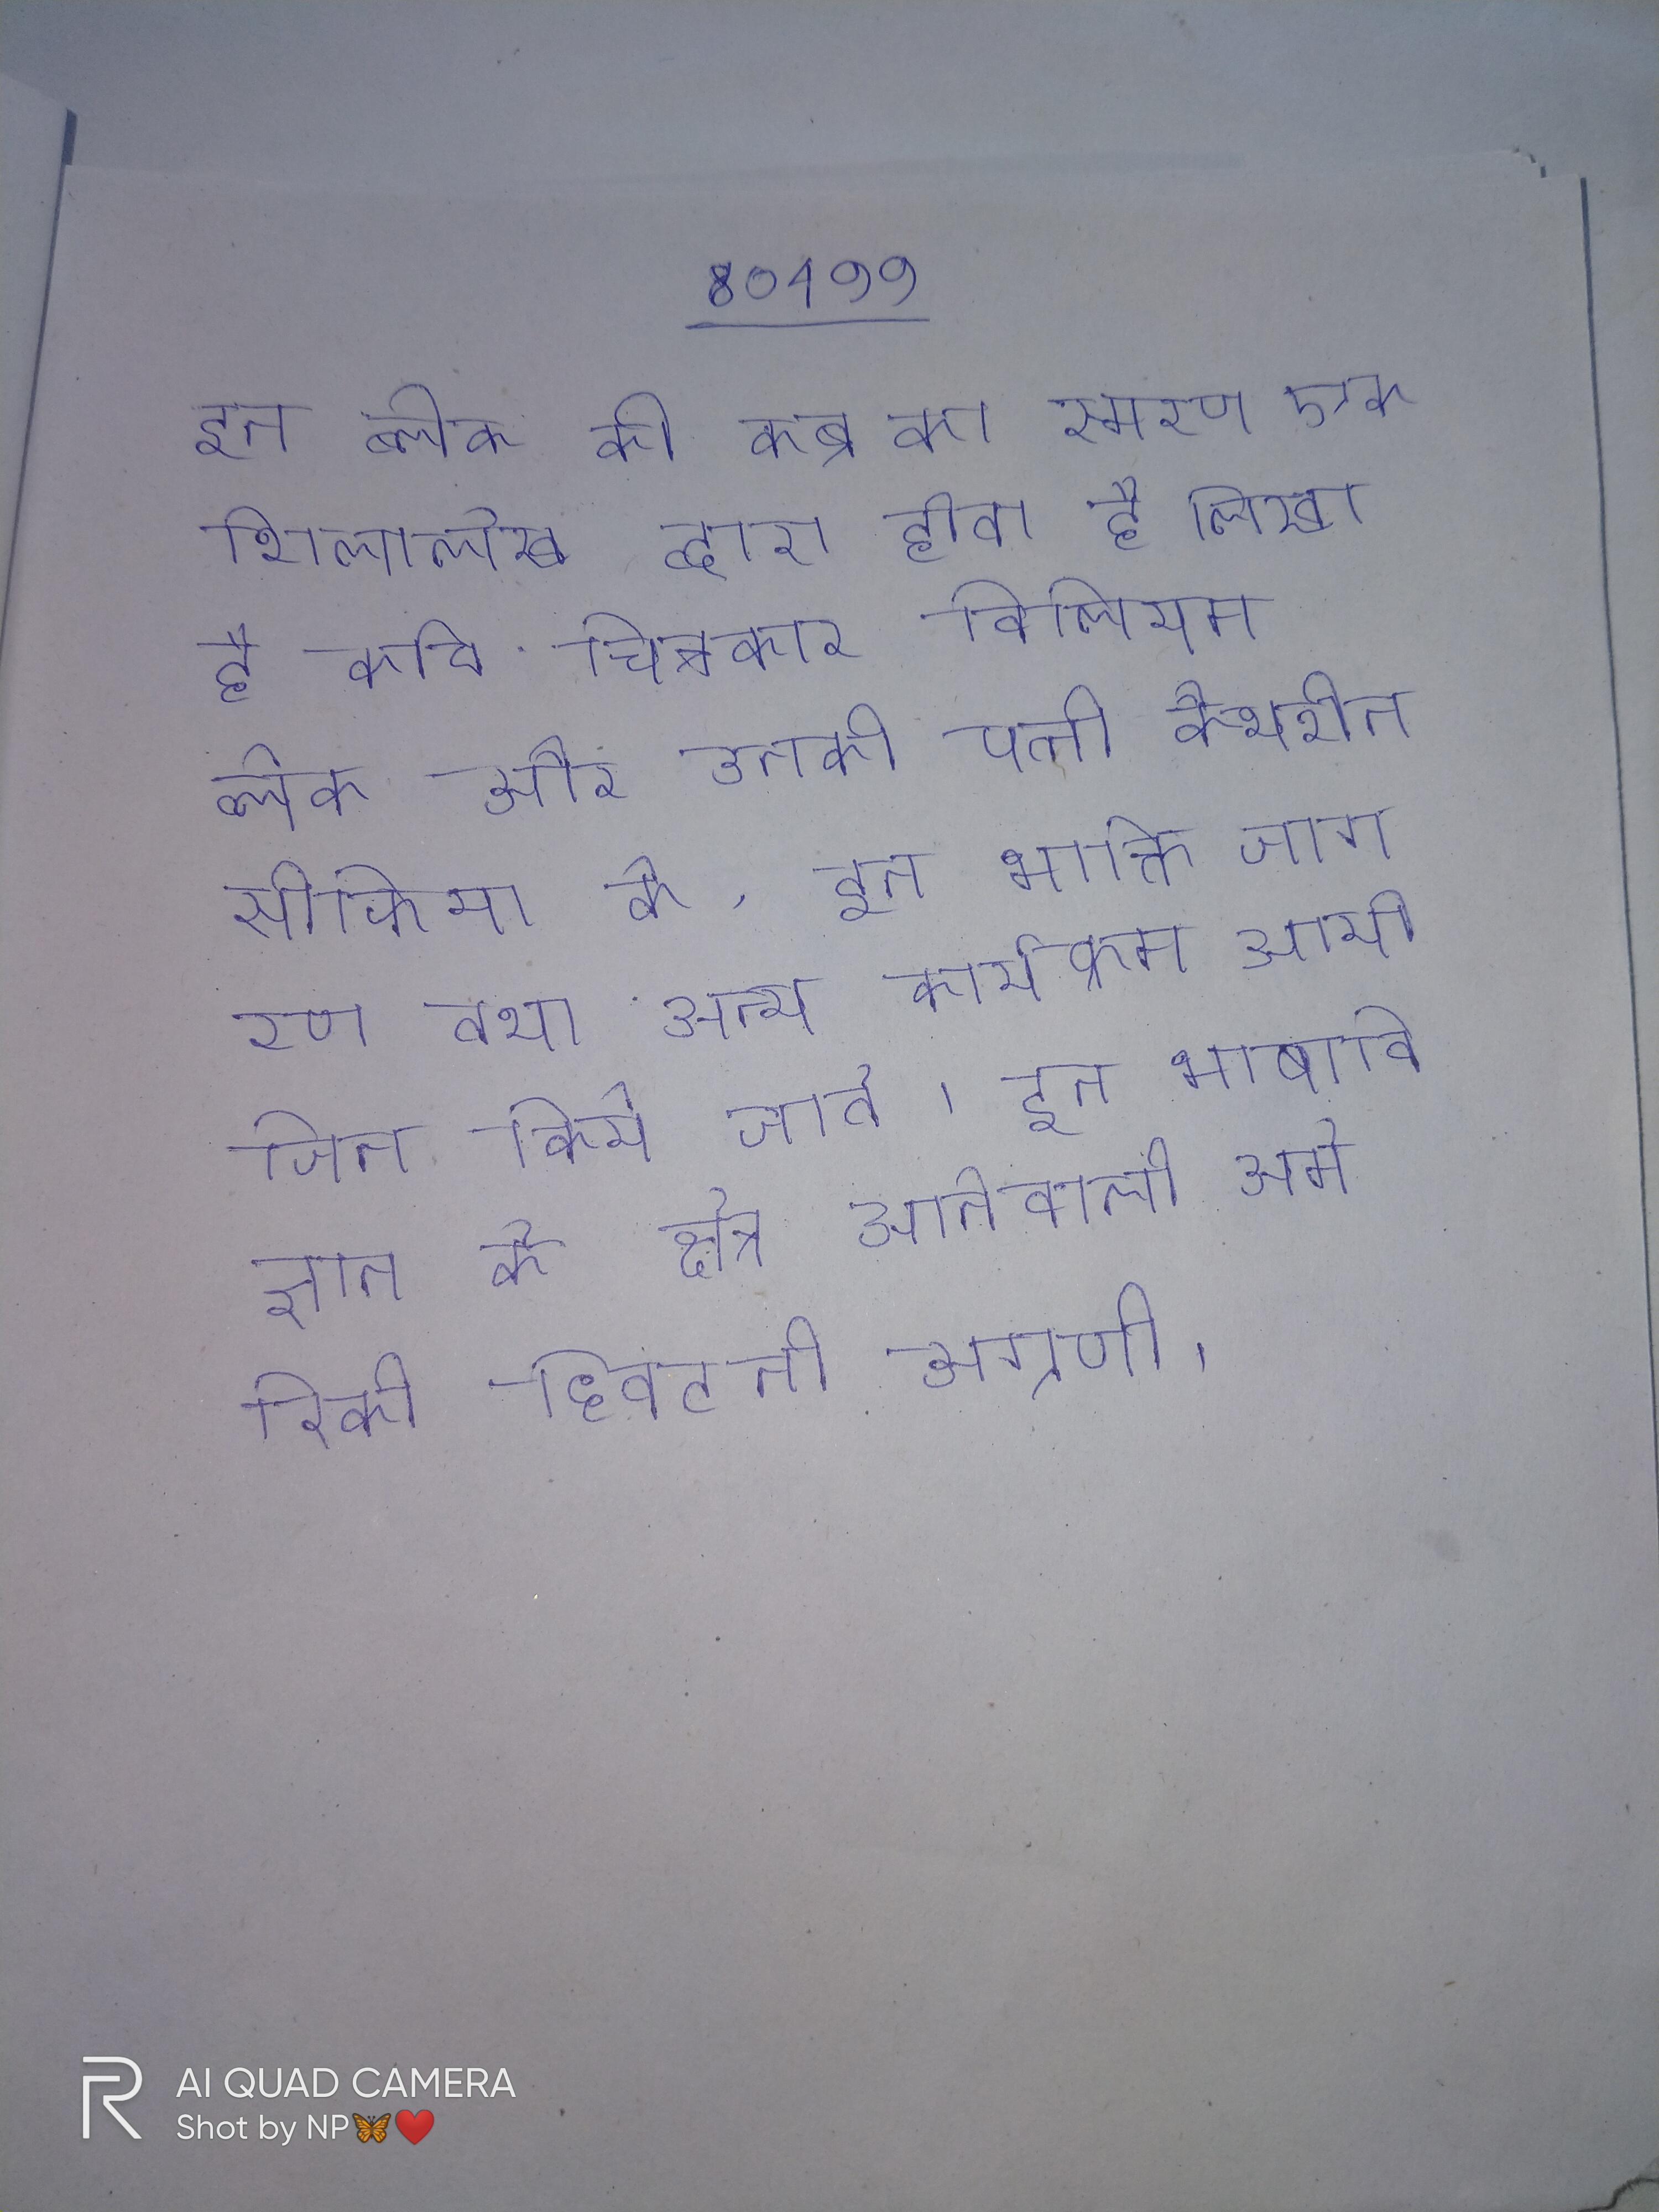
इन ब्लेक की कब्र का स्मरण एक शिलालेख द्वारा होता है लिखा है कवि चित्रकार विलियम ब्लेक और उनकी पत्नी कैथरीन सोफिया के . इन भक्ति जागरण तथा अन्य कार्यक्रम आयोजित किये जाते । इन भाषाविज्ञान के क्षेत्र आनेवाली अमेरिकी हिवटनी अग्रणी ।